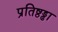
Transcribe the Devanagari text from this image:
प्रतिष्ठड्ढा